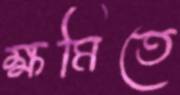
ক্ষমিতে